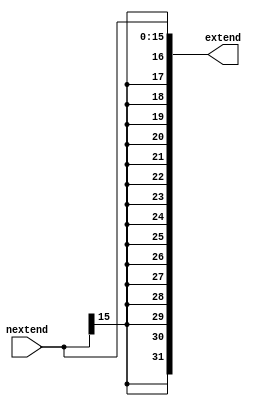
`timescale 1ns / 1ps

/*
Names: Beverly Abadines (004737953), Kyle Lee (005054981)
Term: Spring 2016
Class: CSE 401
Module: s_extend.v
Lab: 2
Date: May 3rd, 2016

Sign extends 16 bits into 32 bits. This maintains the characteristics of a positive or
negative number.
*/

module s_extend(
    input	wire	[15:0] nextend,
    output	reg	[31:0] extend
    );

	always@ * 
	begin
		// Replicate signed bit 16 times then concatinate
		// EX) {n {m}} , replicates m "n" times
		// EX) {4'b1001,4'b10x1} , becomes 100110x1   
		extend <= {{16{nextend[15]}}, nextend};		
	end

endmodule